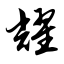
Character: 耀